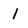
Character: 1